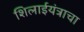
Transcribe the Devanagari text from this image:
शिलाईयंत्राचा